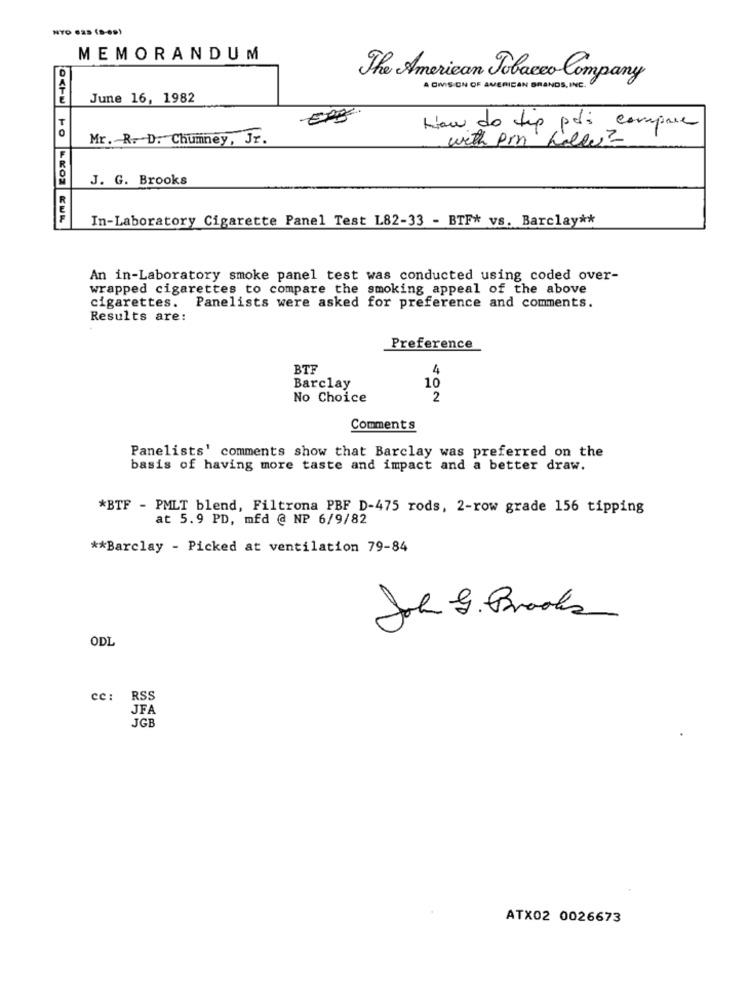
MEMORANDUM
The American Tobacco Company
A OMISION OF AMERICAN BRANDS, INC.
June 16, 1982
T
ERE
0
How do tip pas compre
Mr. R. D. Chumney, Jr.
with pin holde?
J. G. Brooks
R
In-Laboratory Cigarette Panel Test L82-33 - BTF* vs. Barclay **
An in-Laboratory smoke panel test was conducted using coded over-
wrapped cigarettes to compare the smoking appeal of the above
cigarettes.
Panelists were asked for preference and comments.
Results are:
Preference
BTF
4
Barclay
10
No Choice
2
Comments
Panelists' comments show that Barclay was preferred on the
basis of having more taste and impact and a better draw.
*BTF - PMLT blend, Filtrona PBF D-475 rods, 2-row grade 156 tipping
at 5.9 PD, mfd @ NP 6/9/82
** Barclay - Picked at ventilation 79-84
Joh G. Brooks
ODL
cc :
RSS
JFA
JGB
ATX02 0026673